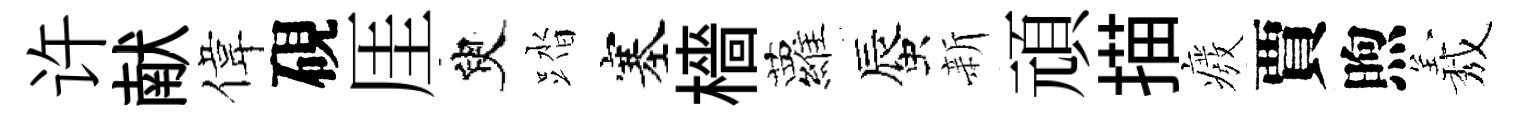
许献偉硯厓臾踏塞檣蘿蜃新頑描癈賈煦𦏁